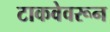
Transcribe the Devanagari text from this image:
टाकवेवरून